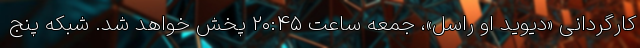
کارگردانی «دیوید او راسل»، جمعه ساعت ۲۰:۴۵ پخش خواهد شد. شبکه پنج